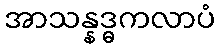
အာသန္နဒ္ဓကလာပံ